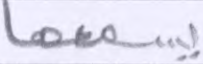
يسمعها